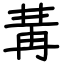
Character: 冓